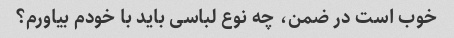
خوب است در ضمن، چه نوع لباسی باید با خودم بیاورم؟